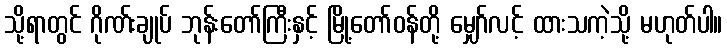
သို့ရာတွင် ဂိုဏ်းချုပ် ဘုန်းတော်ကြီးနှင့် မြို့တော်ဝန်တို့ မျှော်လင့် ထားသကဲ့သို့ မဟုတ်ပါ။